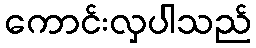
ကောင်းလှပါသည်